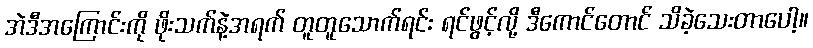
အဲဒီအကြောင်းကို ဖိုးသက်နဲ့အရက် တူတူသောက်ရင်း ရင်ဖွင့်လို့ ဒီကောင်တောင် သိခဲ့သေးတာပေါ့။